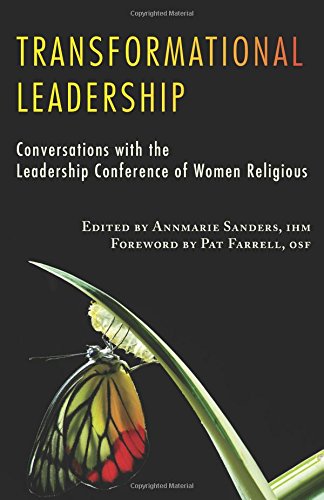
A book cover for Transformational Leadership (Lcwr-Leadership Conference of Women Religious); Annmarie Sanders; Christian Books & Bibles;